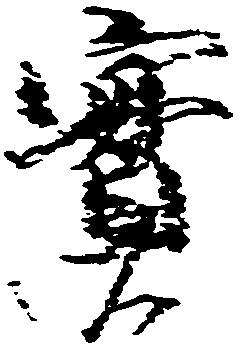
実